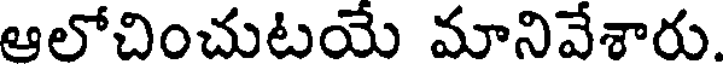
ఆలోచించుటయే మానివేశారు.